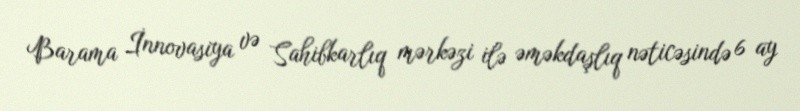
Barama İnnovasiya və Sahibkarlıq mərkəzi ilə əməkdaşlıq nəticəsində 6 ay